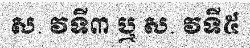
ស. វទី៣ ឬ ស. វទី៥